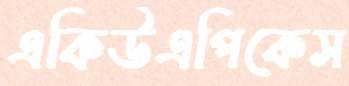
একিউএপিকেস